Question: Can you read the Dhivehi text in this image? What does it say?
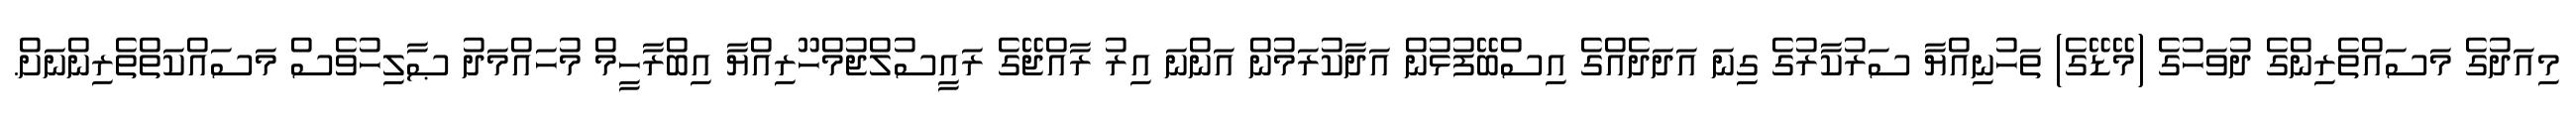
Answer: މިއަދުގެ މަސައްތެރިންގެ ދުވަހުގެ (މޭޑޭގެ) ތަހުނިއްޔާ ސަރުކާރުގެ ގިނަ އަދަދެއްގެ އިސްބޭފުޅުން އަދާކުރަމުން އަންނަ އިރު ރާއްޖޭގެ ރައީސުލްޖުމްހޫރިއްޔާ އިބްރާހީމް މުހައްމަދު ޞާލިހުވެސް މަސައްކަތްތެރިންނަށް.